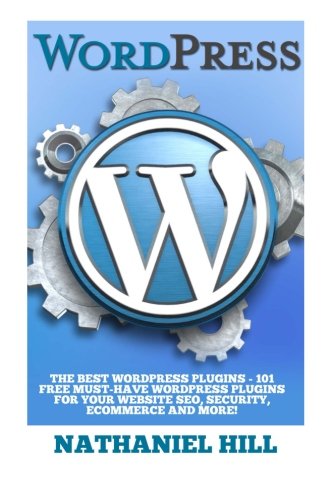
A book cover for WordPress Plugins: The Best WordPress Plugins - 101 FREE Must-Have WordPress Plugins For Your Website SEO, Security, eCommerce and More! (SEO, Social Media, Content); Nathaniel Hill; Computers & Technology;